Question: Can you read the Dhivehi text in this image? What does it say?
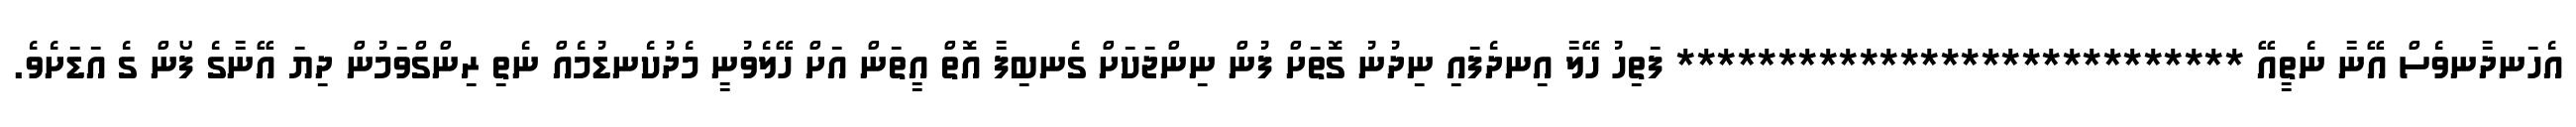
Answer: އެހަނދާނވެސް އޭނާ ނެތީއޭ **************************** ފަތިހު ހޭލާ އިނދެފައި ނިދުނު ގޮތަށް ފުން ނިންޖަކަށް ގެނބިފާ އޮތް އީތަން އަށް ހޭލެވުނީ މެދުކެނޑުމެއް ނެތި ރިންގްވަމުން ދިޔަ އޭނާގެ ފޯން ގެ އަޑަށެވެ.